Report on vaccination in the Province of Bengal - 1874-1889
Year: 1874
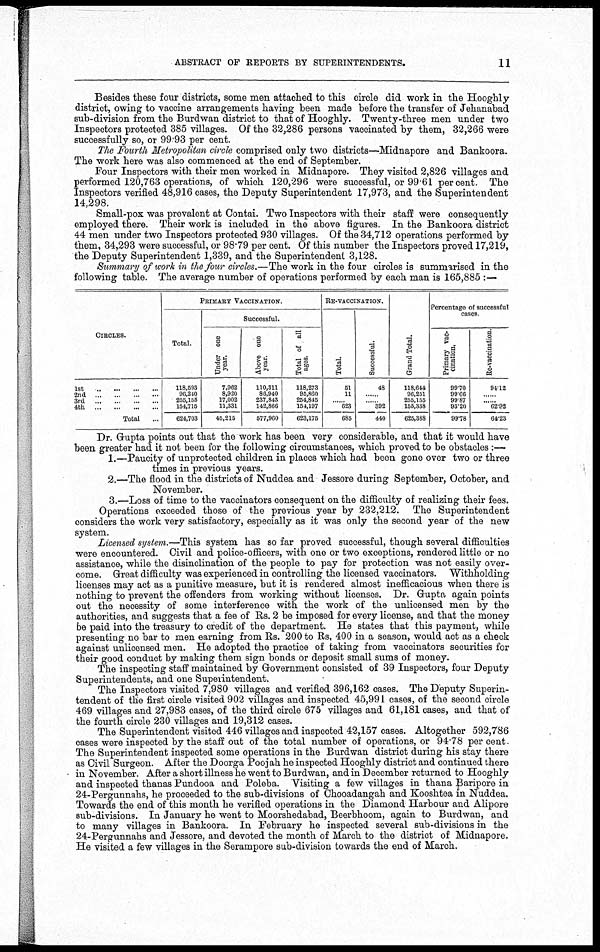
ABSTRACT OF REPORTS BY SUPERINTENDENTS.
11
Besides these four districts, some men attached to this circle did work in the Hooghly
district, owing to vaccine arrangements having been made before the transfer of Jehanabad
sub-division from the Burdwan district to that of Hooghly. Twenty-three men under two
Inspectors protected 385 villages. Of the 32,286 persons vaccinated by them, 32,266 were
successfully so, or 99.93 per cent.
The Fourth Metropolitan circle comprised only two districts—Midnapore and Bankoora.
The work here was also commenced at the end of September.
Four Inspectors with their men worked in Midnapore. They visited 2,826 villages and
performed 120,763 operations, of which 120,296 were successful, or 99.61 percent. The
Inspectors verified 48,916 cases, the Deputy Superintendent 17,973, and the Superintendent
14,298.
Small-pox was prevalent at Contai. Two Inspectors with their staff were consequently
employed there. Their work is included in the above figures. In the Bankoora district
44 men under two Inspectors protected 930 villages. Of the 34,712 operations performed by
them, 34,293 were successful, or 98.79 per cent. Of this number the Inspectors proved 17,219,
the Deputy Superintendent 1,339, and the Superintendent 3,128.
Summary of work in the four circles.—The work in the four circles is summarised in the
following table. The average number of operations performed by each man is 165,885 :—
CIRCLES.
1st..
...
...
...
2nd..
.
...
...
3rd...
...
...
...
...
4th
...
...
...
...
...
Total...
PRIMARY VACCINATION.
Total.
118,593
96,240
255,155
164,715
624,703
Successful.
Under one
year.
7,962
8,920
17,002
11,331
45,215
Above one
year.
110,311
86,940
237,843
142,866
577,960
Total of all
ages.
118,273
93,860
254,845
154,197
623,175
RE-VACCINATION.
Total.
51
11
......
623
685
Successful.
48
......
......
392
440
Grand Total.
118,644
96,251
255,155
155,338
625,388
Percentage of successful
cases.
Primary vac-
cination.
99.70
99.66
99.87
93.20
99.78
Re-vaccination
94.12
......
......
62.92
64.23
Dr. Gupta points out that the work has been very considerable, and that it would have
been greater had it not been for the following circumstances, which proved to be obstacles :—
1.—Paucity of unprotected children in places which had been gone over two or three
times in previous years.
2.—The flood in the districts of Nuddea and Jessore during September, October, and
November.
3.—Loss of time to the vaccinators consequent on the difficulty of realizing their fees.
Operations exceeded those of the previous year by 232,212. The Superintendent
considers the work very satisfactory, especially as it was only the second year of the new
system.
Licensed system.—This system has so far proved successful, though several difficulties
were encountered. Civil and police-officers, with one or two exceptions, rendered little or no
assistance, while the disinclination of the people to pay for protection was not easily over-
come. Great difficulty was experienced in controlling the licensed vaccinators. Withholding
licenses may act as a punitive measure, but it is rendered almost inefficacious when there is
nothing to prevent the offenders from working without licenses. Dr. Gupta again points
out the necessity of some interference with the work of the unlicensed men by the
authorities, and suggests that a fee of Rs. 2 be imposed for every license, and that the money
be paid into the treasury to credit of the department. He states that this payment, while
presenting no bar to men earning from Rs. 200 to Rs, 400 in a season, would act as a check
against unlicensed men. He adopted the practice of taking from vaccinators securities for
their good conduct by making them sign bonds or deposit small sums of money.
The inspecting staff maintained by Government consisted of 39 Inspectors, four Deputy
Superintendents, and one Superintendent.
The Inspectors visited 7,980 villages and verified 396,162 cases. The Deputy Superin-
tendent of the first circle visited 902 villages and inspected 45,991 cases, of the second circle
469 villages and 27,983 cases, of the third circle 675 villages and 61,181 cases, and that of
the fourth circle 230 villages and 19,312 cases.
The Superintendent visited 446 villages and inspected 42,157 cases. Altogether 592,786
cases were inspected by the staff out of the total number of operations, or 94.78 per cent.
The Superintendent inspected some operations in the Burdwan district during his stay there
as Civil Surgeon. After the Doorga Poojah he inspected Hooghly district and continued there
in November. After a short illness he went to Burdwan, and in December returned to Hooghly
and inspected thanas Pundooa and Poleba. Visiting a few villages in thana Baripore in
24-Pergunnahs, he proceeded to the sub-divisions of Chooadangah and Kooshtea in Nuddea.
Towards the end of this month he verified operations in the Diamond Harbour and Alipore
sub-divisions. In January he went to Moorshedabad, Beerbhoom, again to Burdwan, and
to many villages in Bankoora. In February he inspected several sub-divisions in the
24-Pergunnahs and Jessore, and devoted the month of March to the district of Midnapore.
He visited a few villages in the Serampore sub-division towards the end of March.